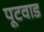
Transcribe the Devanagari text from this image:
पूटवाड